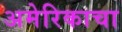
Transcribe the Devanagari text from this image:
अमेरिकाचा